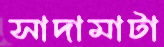
সাদামাটা